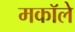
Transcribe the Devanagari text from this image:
मकॉले